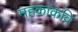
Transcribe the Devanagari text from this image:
महकाकवि